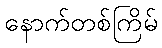
နောက်တစ်ကြိမ်